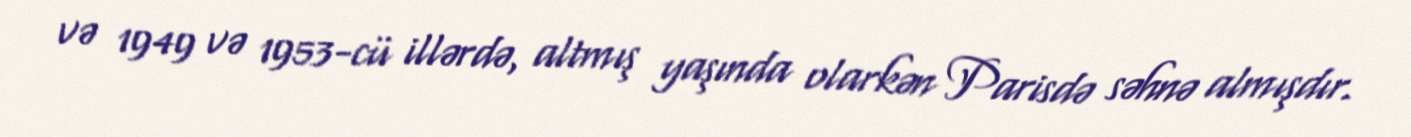
və 1949 və 1953-cü illərdə, altmış yaşında olarkən Parisdə səhnə almışdır.